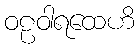
ဝဠဝါရထေဟိ